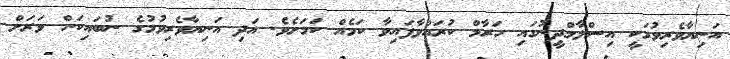
އަނިޔާވެރިވުމަކީ އިސްލާމްދީނުގައި ހަރާމް ކުރައްވާފައިވާ ކަމެއް ކަމަށެވެ. އަދި އަނިޔާވެރިވުމުގެ ނުބައިކަން ވަރަށް